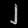
Digit: ၂